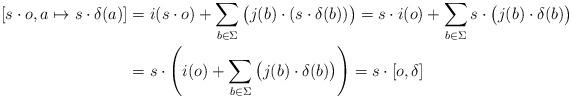
LaTeX: \begin{align*} [s\cdot o,a\mapsto s\cdot \delta(a)] &= i(s\cdot o) + \sum_{b\in \Sigma}\big(j(b)\cdot (s\cdot \delta(b))\big) = s\cdot i(o) + \sum_{b\in \Sigma}s\cdot \big(j(b)\cdot \delta(b)\big) \\ &= s\cdot \left(i(o) + \sum_{b\in \Sigma}\big(j(b)\cdot \delta(b)\big)\right) = s\cdot [o,\delta]\end{align*}